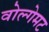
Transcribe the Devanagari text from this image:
वोल्गेमट